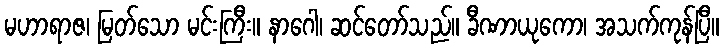
မဟာရာဇ၊ မြတ်သော မင်းကြီး။ နာဂေါ၊ ဆင်တော်သည်။ ခီဏာယုကော၊ အသက်ကုန်ပြီ။